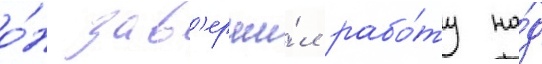
о́н зав'ерши́л рабо́ту на́д